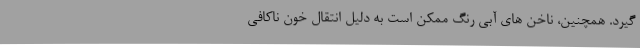
گیرد. همچنین، ناخن های آبی رنگ ممکن است به دلیل انتقال خون ناکافی